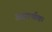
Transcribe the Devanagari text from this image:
असार्थक